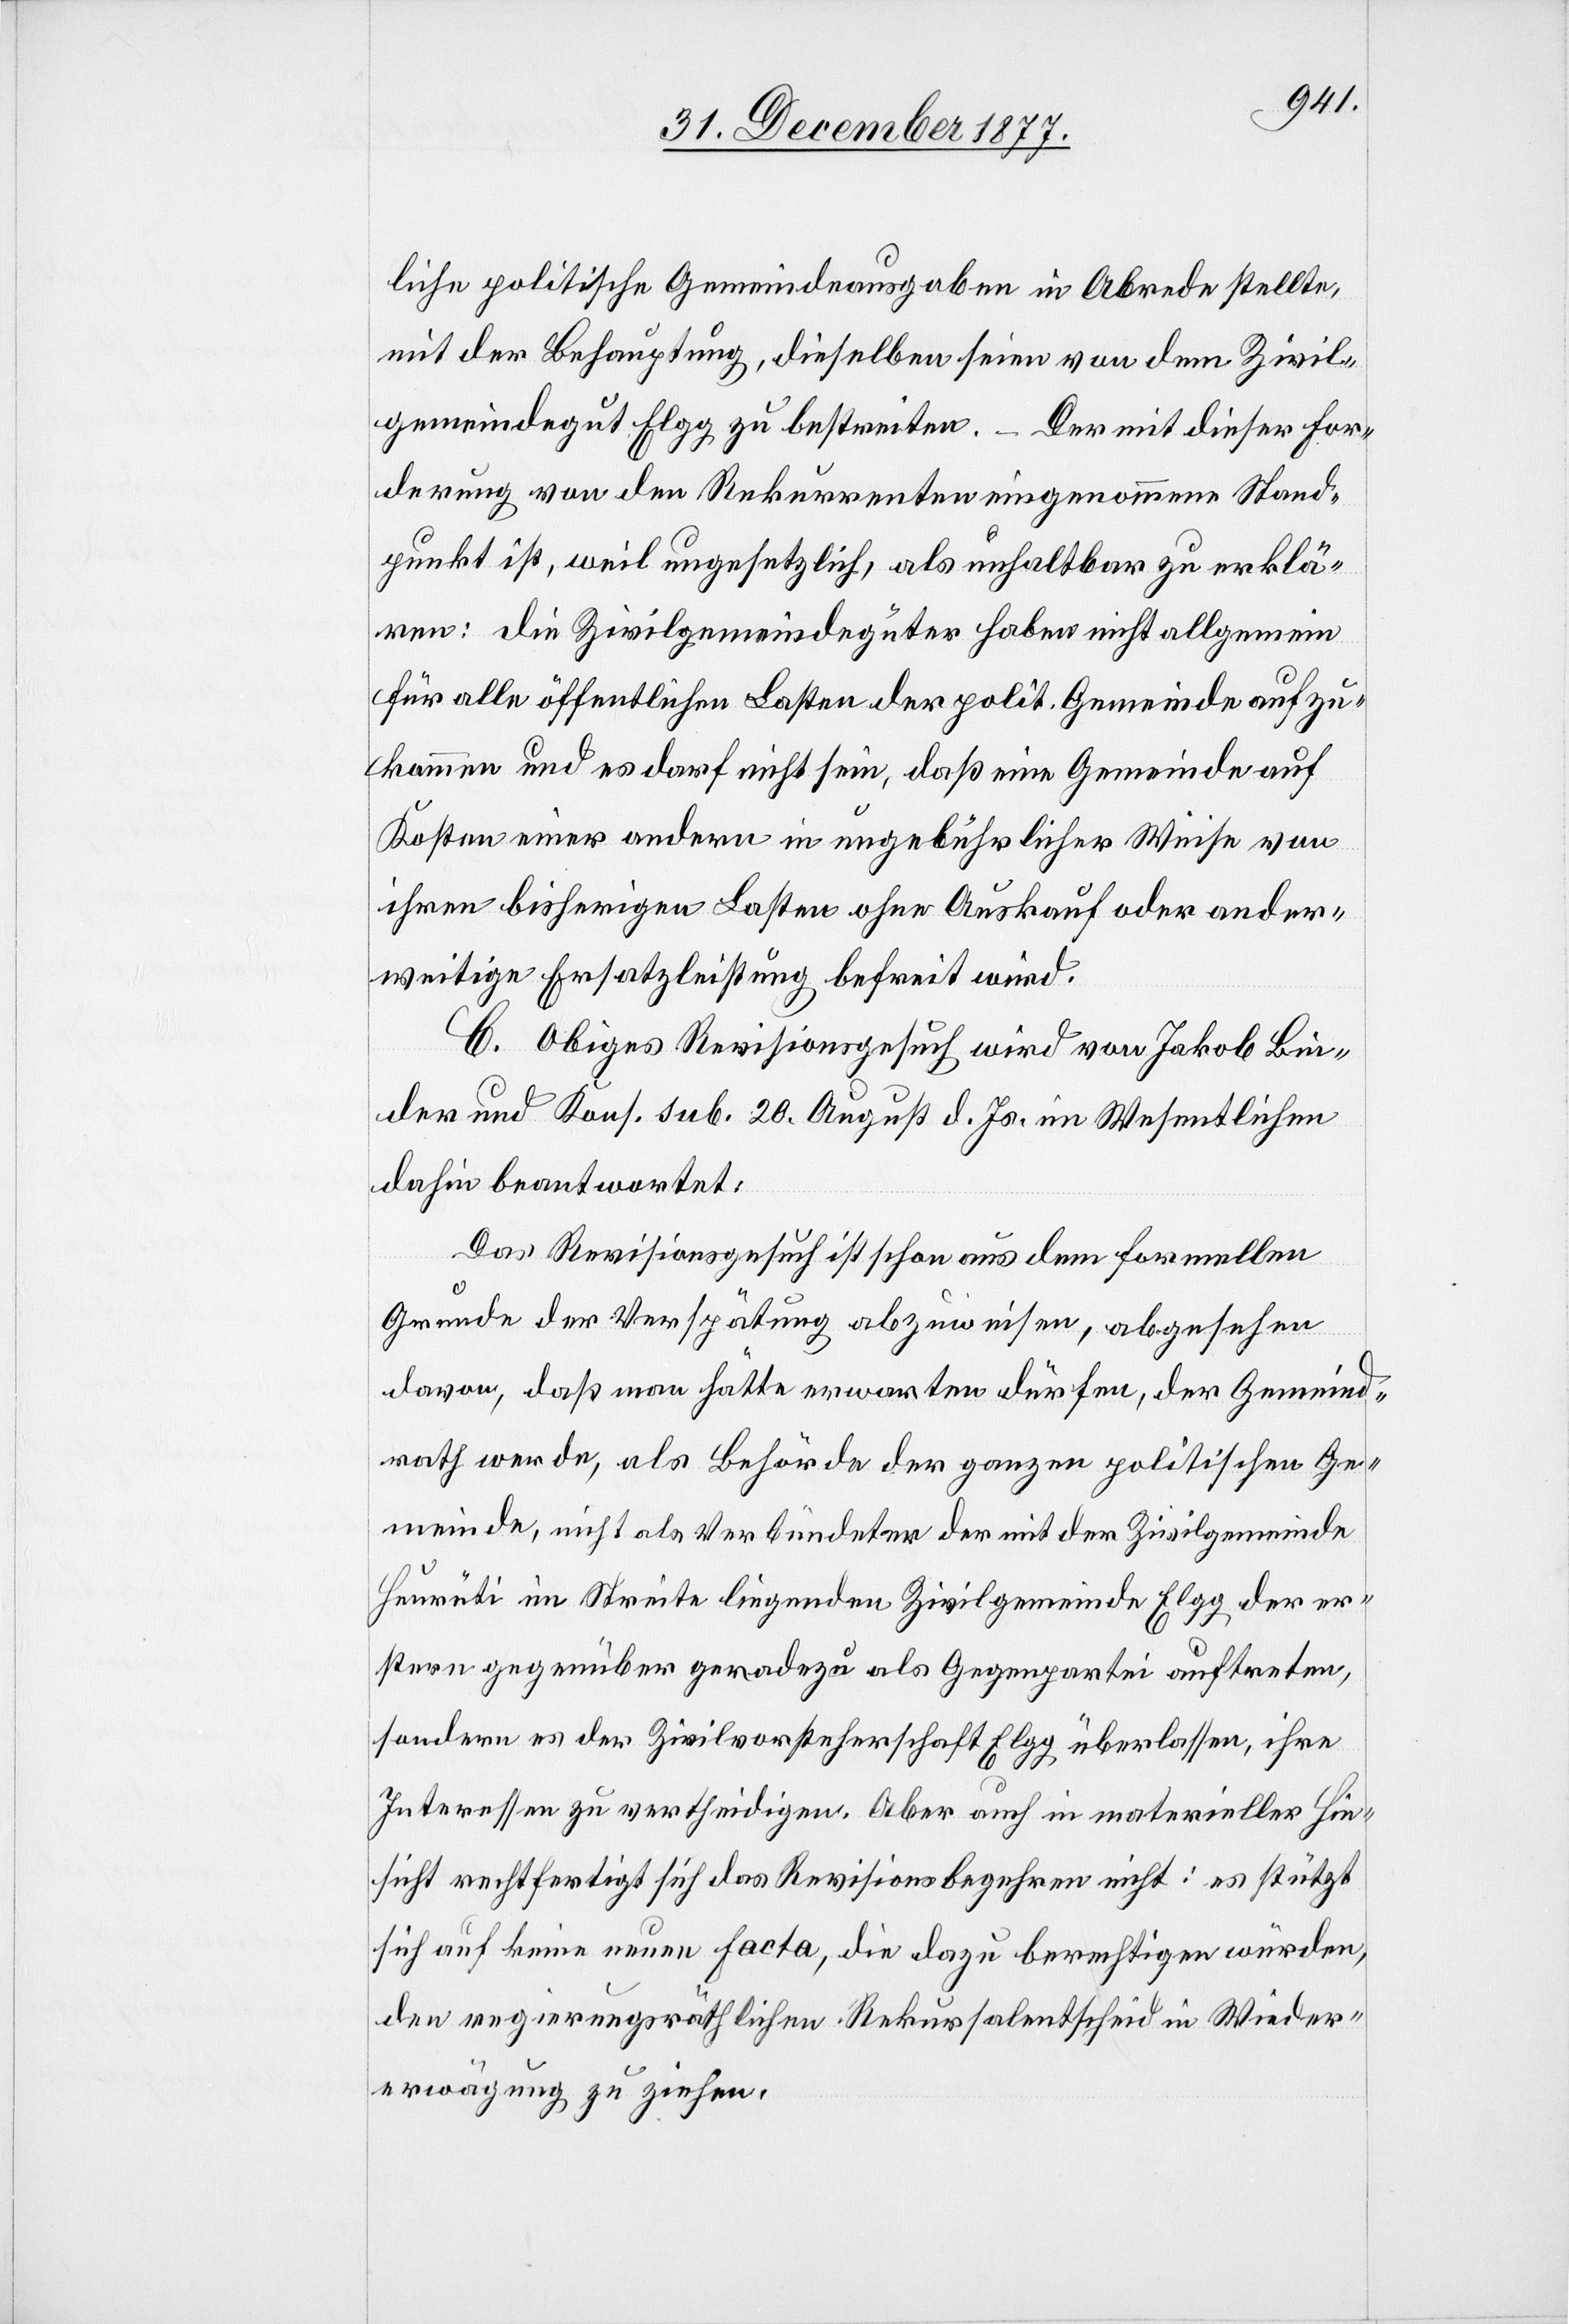
liche politische Gemeindeausgaben in Abrede stellte,
mit der Behauptung, dieselben seien von dem zivil¬
gemeindegut Elgg zu bestreiten. – Der mit dieser For¬
derung von den Rekurrenten eingenommene Stand¬
punkt ist, weil ungesetzlich, als unhaltbar zu erklä¬
ren: die Zivilgemeindegüter haben nicht allgemein
für alle öffentlichen Lasten der polit. Gemeinde aufzu¬
kommen und es darf nicht sein, daß eine Gemeinde auf
Kosten einer andern in ungebührlicher Weise von
ihren bisherigen Lasten ohne Auskauf oder ander¬
weitige Ersatzleistung befreit wird.
C. Obiges Revisionsgesuch wird von Jakob Bin¬
der und Kons. sub. 20. August d. Js. im Wesentlichen
dahin beantwortet:
Das Revisionsgesuch ist schon aus dem formellen
Grunde der Verspätung abzuweisen, abgesehen
davon, daß man hätte erwarten dürfen, der Gemeind¬
rath werde, als Behörde der ganzen politischen Ge¬
meinde, nicht als Verbündeter der mit der Zivilgemeinde
Heurüti im Streite liegenden Zivilgemeinde Elgg der er¬
stern gegenüber geradezu als Gegenpartei auftreten,
sondern es der Zivilvorsteherschaft Elgg überlassen, ihre
Interessen zu vertheidigen. Aber auch in materieller Hin¬
sicht rechtfertigt sich das Revisionsbegehren nicht: es stützt
sich auf keine neuen Facta, die dazu berechtigen würden,
den regierungsräthlichen Rekursalentscheid in Wieder¬
erwägung zu ziehen.